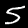
Digit: 5